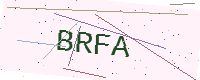
Text: BRFA